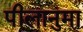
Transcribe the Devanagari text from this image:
पीलानुमा